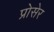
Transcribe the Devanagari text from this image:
प्रोसेर